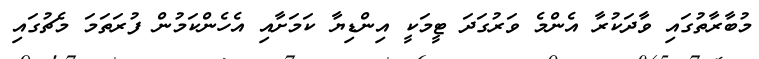
މުބާރާތުގައި ވާދަކުރާ އެންމެ ވަރުގަދަ ޓީމަކީ އިންޑިޔާ ކަމަށާއި އެހެންކަމުން ފުރަތަމަ މެޗުގައި